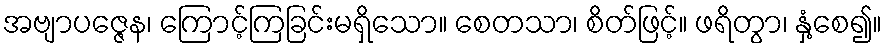
အဗျာပဇ္ဇေန၊ ကြောင့်ကြခြင်းမရှိသော။ စေတသာ၊ စိတ်ဖြင့်။ ဖရိတွာ၊ နှံ့စေ၍။